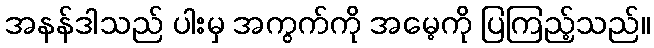
အနန်ဒါသည် ပါးမှ အကွက်ကို အမေ့ကို ပြကြည့်သည်။